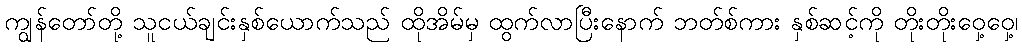
ကျွန်တော်တို့ သူငယ်ချင်းနှစ်ယောက်သည် ထိုအိမ်မှ ထွက်လာပြီးနောက် ဘတ်စ်ကား နှစ်ဆင့်ကို တိုးတိုးဝှေ့ဝှေ့၊